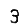
Digit: 3